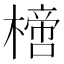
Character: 𣚌